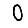
Digit: 0